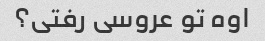
اوه تو عروسی رفتی؟